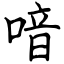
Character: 喑